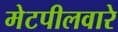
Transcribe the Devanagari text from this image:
मेटपीलवारे